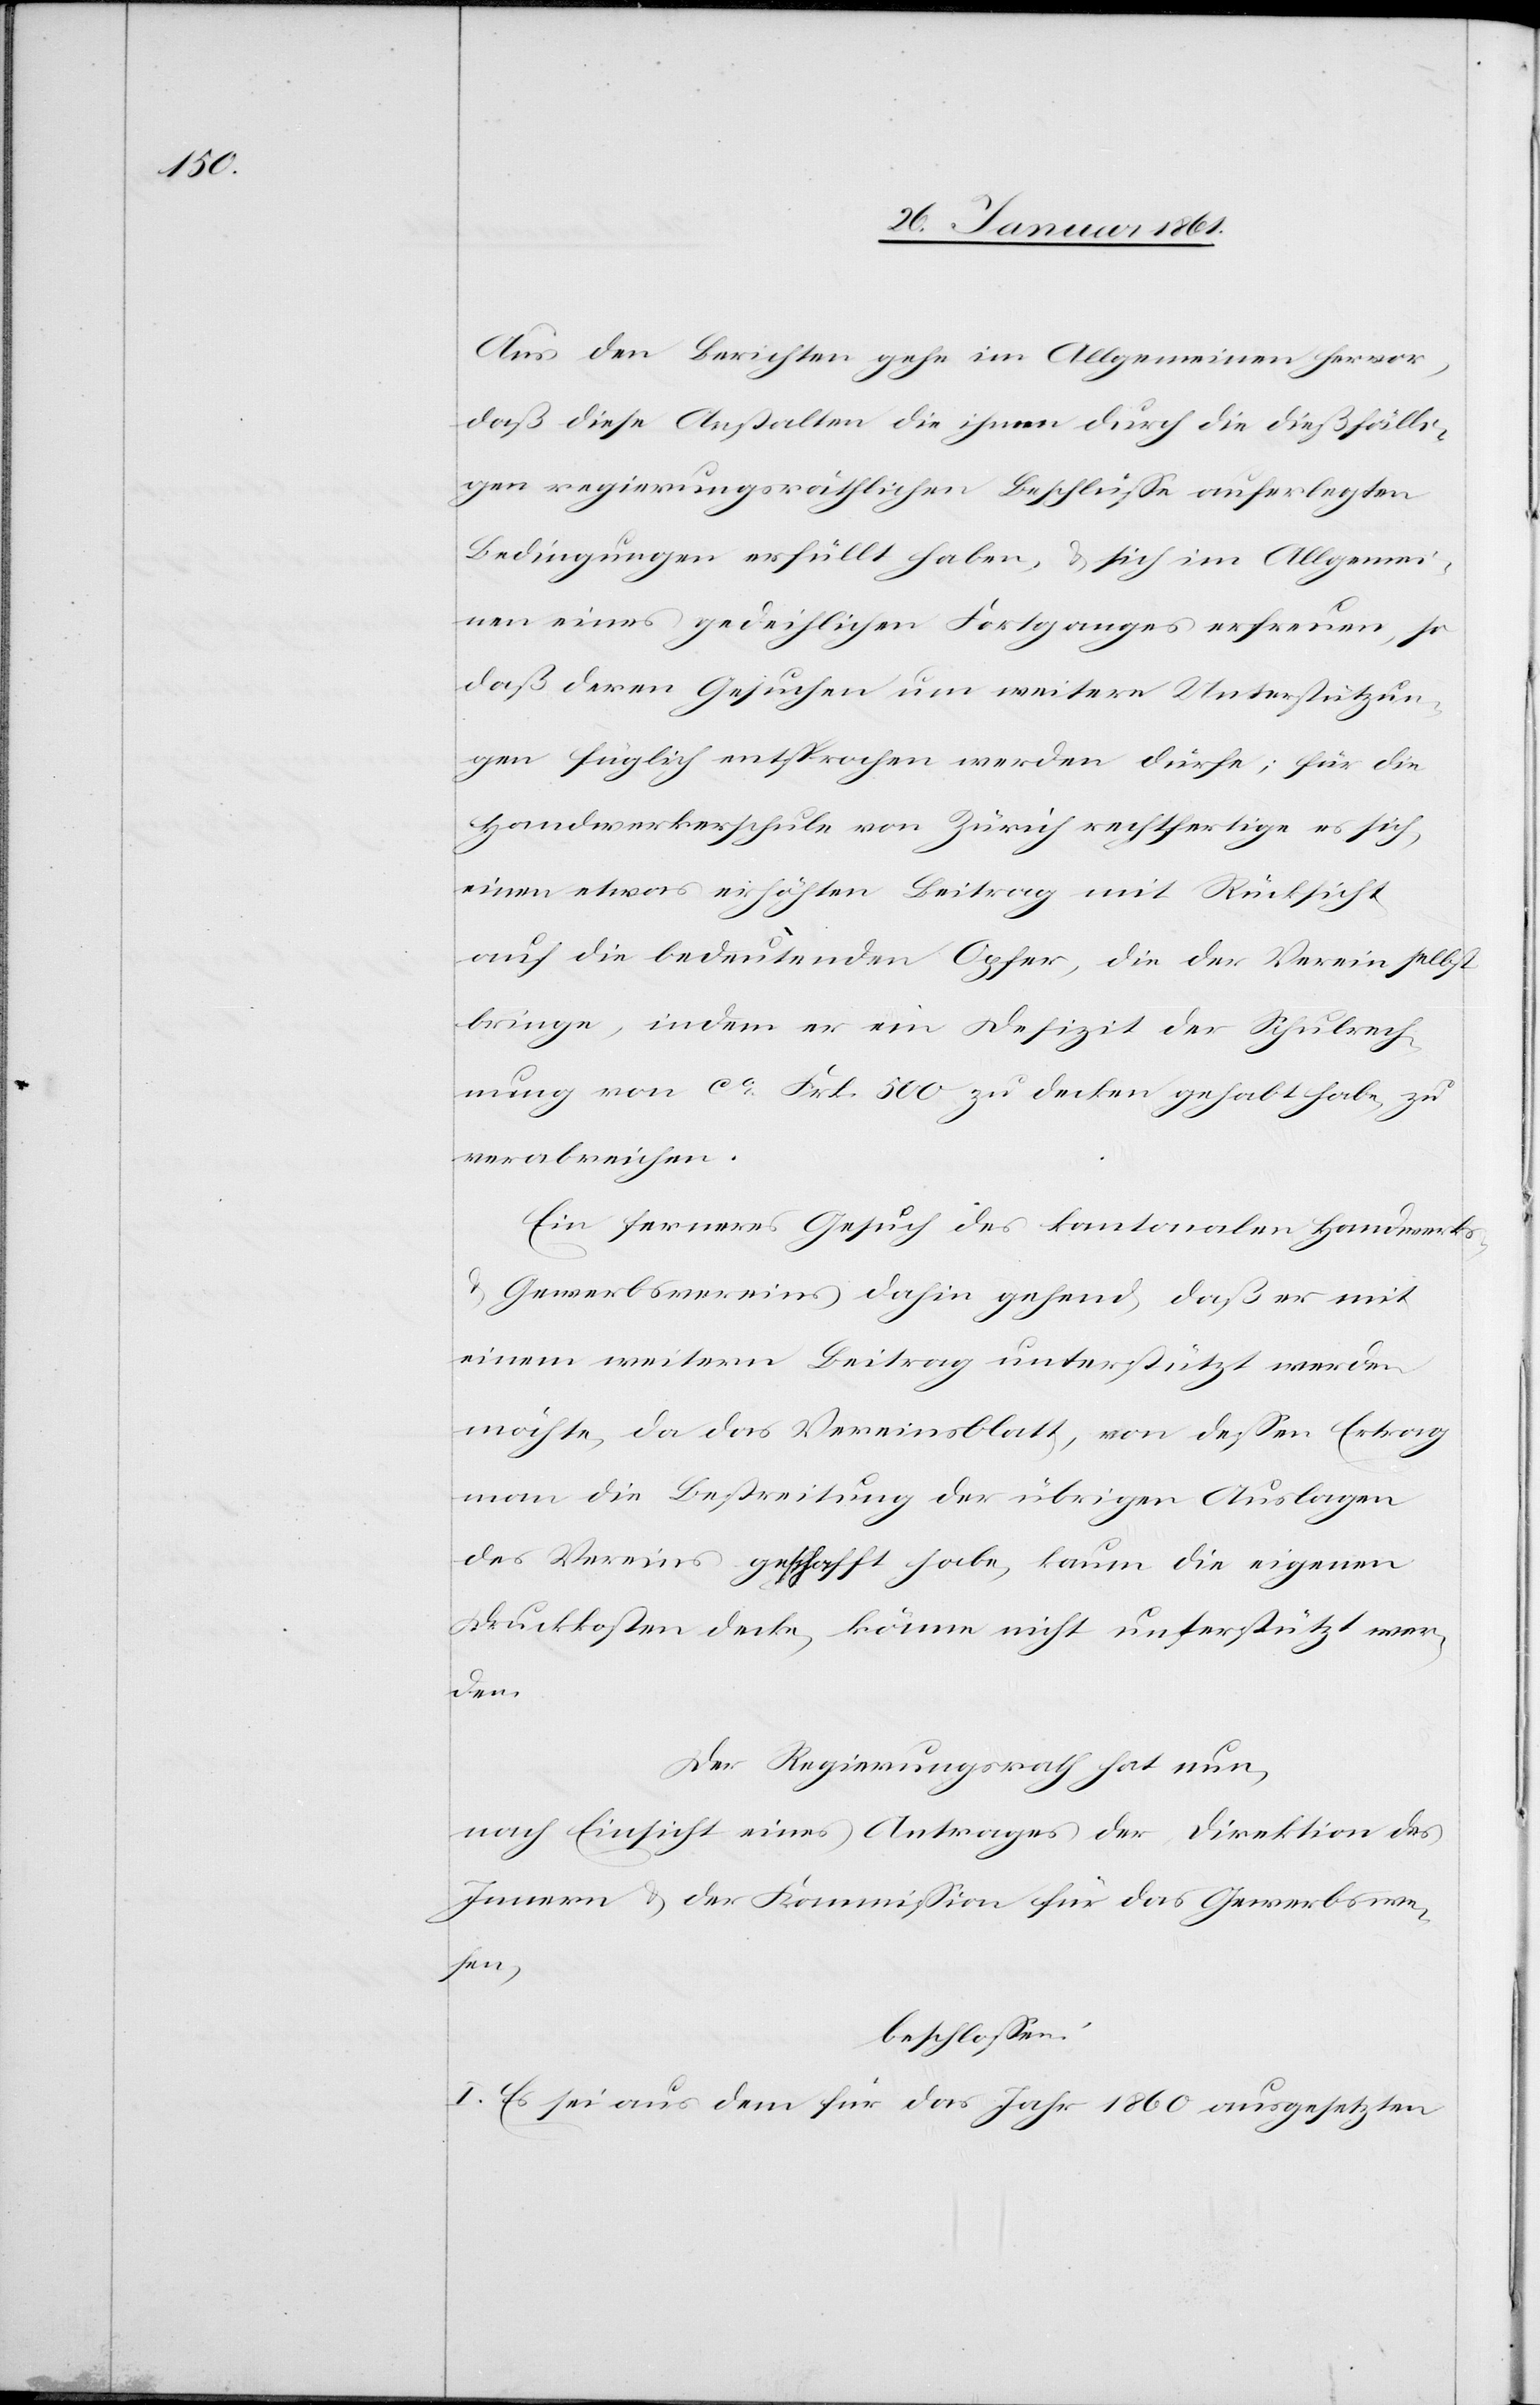
Aus den Berichten gehe im Allgemeinen hervor,
daß diese Anstalten die ihnen durch die dießfälli¬
gen regierungsräthlichen Beschlüsse auferlegten
Bedingungen erfüllt haben, u. sich im Allgemei¬
nen eines gedeihlichen Fortgangs erfreuen, so
daß deren Gesuchen um weitere Unterstützun¬
gen füglich entsprochen werden dürfe; für die
Handwerksschule von Zürich rechtfertige es sich,
einen etwas erhöhten Beitrag mit Rücksicht
auf die bedeutenden Opfer, die der Verein selbst
bringe, indem er ein Defizit der Schulrech¬
nung von ca Frk. 500 zu decken gehabt habe, zu
verabreichen.
Ein ferneres Gesuch des kantonalen Handwerks-
u. Gewerbsvereines dahin gehend, daß er mit
einem weitern Beitrag unterstützt werden
möchte, da das Vereinsblatt, von dessen Ertrag
man die Bestreitung der übrigen Auslagen
des Vereins geschafft habe, kaum die eigenen
Druckkosten decke, könne nicht unterstützt wer¬
den.
Der Regierungsrath hat nun,
nach Einsicht eines Antrages der Direktion des
Innern u. der Kommission für das Gewerbswe¬
sen,
beschlossen.
I. Es sei aus dem für das Jahr 1860 ausgesetzten